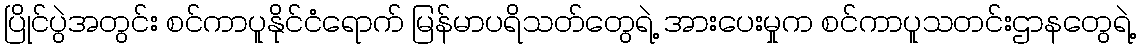
ပြိုင်ပွဲအတွင်း စင်ကာပူနိုင်ငံရောက် မြန်မာပရိသတ်တွေရဲ့ အားပေးမှုက စင်ကာပူသတင်းဌာနတွေရဲ့